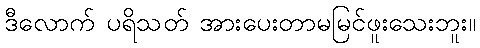
ဒီလောက် ပရိသတ် အားပေးတာမမြင်ဖူးသေးဘူး။